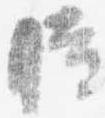
時